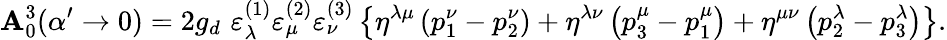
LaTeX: \mathbf{A}_{0}^{3}(\alpha^{\prime}\rightarrow0)=2g_{d}\, \, \varepsilon_{\lambda}^{(1)}\varepsilon_{\mu}^{(2)}\varepsilon_{\nu}^{(3)}\left\{ \eta^{\lambda\mu}\left(p_{1}^{\nu}-p_{2}^{\nu}\right)+\eta^{\lambda\nu}\left(p_{3}^{\mu}-p_{1}^{\mu}\right)+\eta^{\mu\nu}\left(p_{2}^{\lambda}-p_{3}^{\lambda}\right)\right\} .